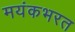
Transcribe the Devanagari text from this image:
मयंकभरत